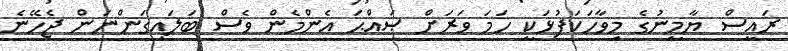
ރައީސް ޔާމީނުގެ މިވާހަކަފުޅަކީ ހަމަ ވަރަށް ޞައްޙަ އެންމެން ވެސް ބަލައިގަންނަން ޖެހޭނެ